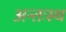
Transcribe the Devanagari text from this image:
अन्तःस्थ